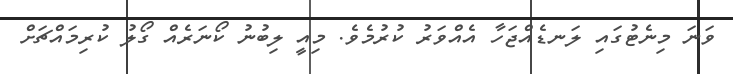
ވަނަ މިނެޓުގައި ލަނޑެއްޖަހާ އެއްވަރު ކުރުމެވެ. މިއީ ލިބުނު ކޯނަރެއް ގޯލު ކުރިމައްޗަށް